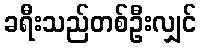
ခရီးသည်တစ်ဦးလျှင်